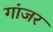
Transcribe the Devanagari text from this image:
गांजर